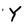
Character: Y